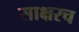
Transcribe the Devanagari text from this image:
साक्षरच